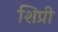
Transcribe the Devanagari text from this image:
शिप्री